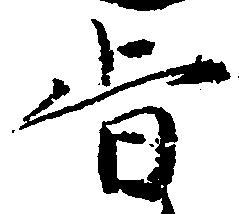
旨